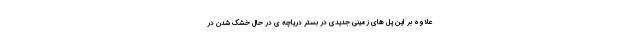
علاوه بر این پل های زمینی جدیدی در بستر دریاچه ی در حال خشک شدن در